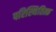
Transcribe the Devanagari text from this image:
परिस्थितित्क